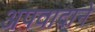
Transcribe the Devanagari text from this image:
अपवादाने